Scottish Leaving Certificate Examination, 1955
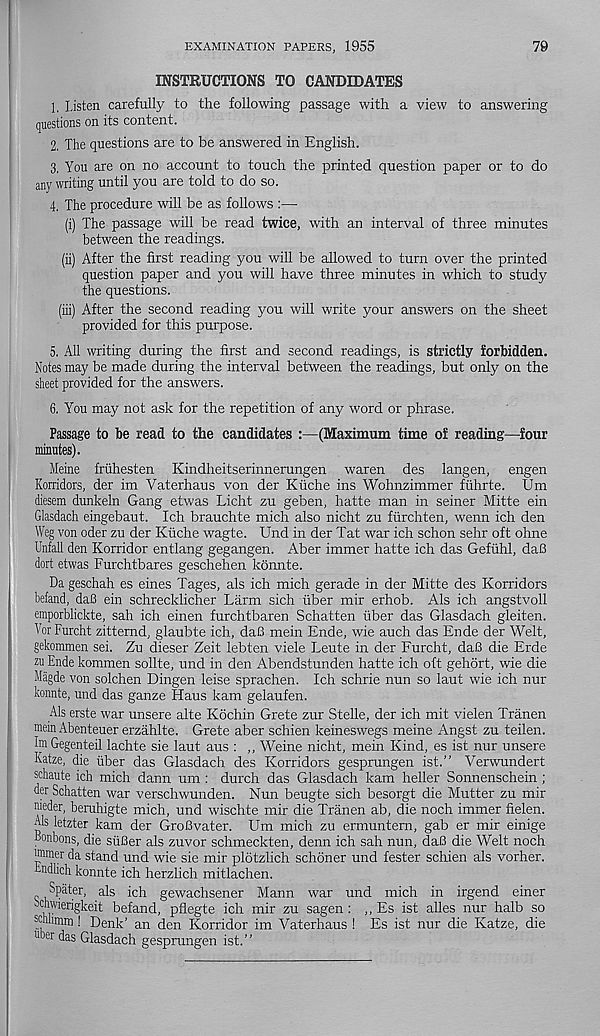
EXAMINATION PAPERS, 1955
79
INSTRUCTIONS TO CANDIDATES
1. Listen carefully to the following passage with a view to answering
questions on its content.
2. The questions are to be answered in English.
3. You are on no account to touch the printed question paper or to do
any writing until you are told to do so.
4. The procedure will be as follows :—
(i) The passage will be read twice, with an interval of three minutes
between the readings.
(ii) After the first reading you will be allowed to turn over the printed
question paper and you will have three minutes in which to study
the questions.
(iii) After the second reading you will write your answers on the sheet
provided for this purpose.
5. All writing during the first and second readings, is strictly forbidden.
Notes may be made during the interval between the readings, but only on the
sheet provided for the answers.
6. You may not ask for the repetition of any word or phrase.
Passage to be read to the candidates :—(Maximum time of reading—four
minutes).
Meine fruhesten Kindheitserinnerungen waren des langen, engen
Korridors, der im Vaterhaus von der Kiiche ins Wohnzimmer fiihrte. Urn
diesem dunkeln Gang etwas Licht zu geben, hatte man in seiner Mitte ein
Glasdach eingebaut. Ich brauchte mich also nicht zu fiirchten, wenn ich den
ffeg von oder zu der Kiiche wagte. Und in der Tat war ich schon sehr oft ohne
Unfall den Korridor entlang gegangen. Aber immer hatte ich das Gefiihl, dafi
dort etwas Furchtbares geschehen konnte.
Da geschah es eines Tages, als ich mich gerade in der Mitte des Korridors
befand, dafi ein schrecklicher Larm sich iiber mir erhob. Als ich angstvoll
emporblickte, sah ich einen furchtbaren Schatten iiber das Glasdach gleiten.
Vor Furcht zittemd, glaubte ich, daB mein Ende, wie auch das Ende der Welt,
gekommen sei. Zu dieser Zeit lebten viele Leute in der Furcht, daB die Erde
zu Ende kommen sollte, und in den Abendstunden hatte ich oft gehort, wie die
Magde von solchen Dingen leise sprachen. Ich schrie nun so laut wie ich nur
konnte, und das ganze Haus kam gelaufen.
Als erste war unsere alte Kochin Grete zur Stelle, der ich mit vielen Tranen
mein Abenteuer erzahlte. Grete aber schien keineswegs meine Angst zu teilen.
Im Gegenteil lachte sie laut aus : ,, Weine nicht, mein Kind, es ist nur unsere
Katze, die tiber das Glasdach des Korridors gesprungen ist.” Verwundert
schaute ich mich dann um : durch das Glasdach kam heller Sonnenschein ;
der Schatten war verschwunden. Nun beugte sich besorgt die Mutter zu mir
meder, beruhigte mich, und wischte mir die Tranen ab, die noch immer fielen.
Als letzter kam der GroBvater. Um mich zu ermuntem, gab er mir einige
bonbons, die siiBer als zuvor schmeckten, denn ich sah nun, daB die Welt noch
®mer da stand und wie sie mir plotzlich schoner und fester schien als vorher.
Endlich konnte ich herzlich mitlachen.
Spater, als ich gewachsener Mann war und mich in irgend einer
ochwierigkeit befand, pfiegte ich mir zu sagen: ,, Es ist alles nur halb so
scnlimm ! Denk’ an den Korridor im Vaterhaus ! Es ist nur die Katze, die
11 m das Glasdach gesprungen ist.”